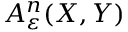
A _ { \varepsilon } ^ { n } ( X , Y )